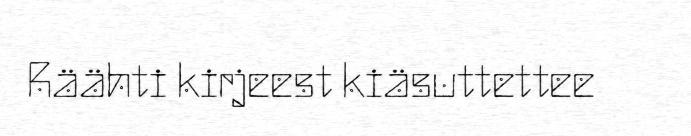
Räähti kirjeest kiäsuttettee